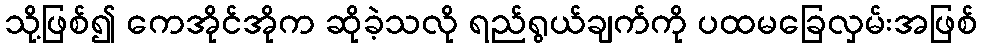
သို့ဖြစ်၍ ကေအိုင်အိုက ဆိုခဲ့သလို ရည်ရွယ်ချက်ကို ပထမခြေလှမ်းအဖြစ်